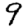
Digit: 9